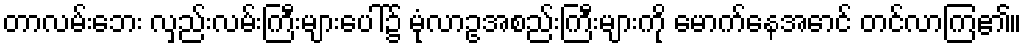
တာလမ်းဘေး လှည်းလမ်းကြီးများပေါ်၌ မုံလာဥအစည်းကြီးများကို မောက်နေအောင် တင်လာကြ၏။